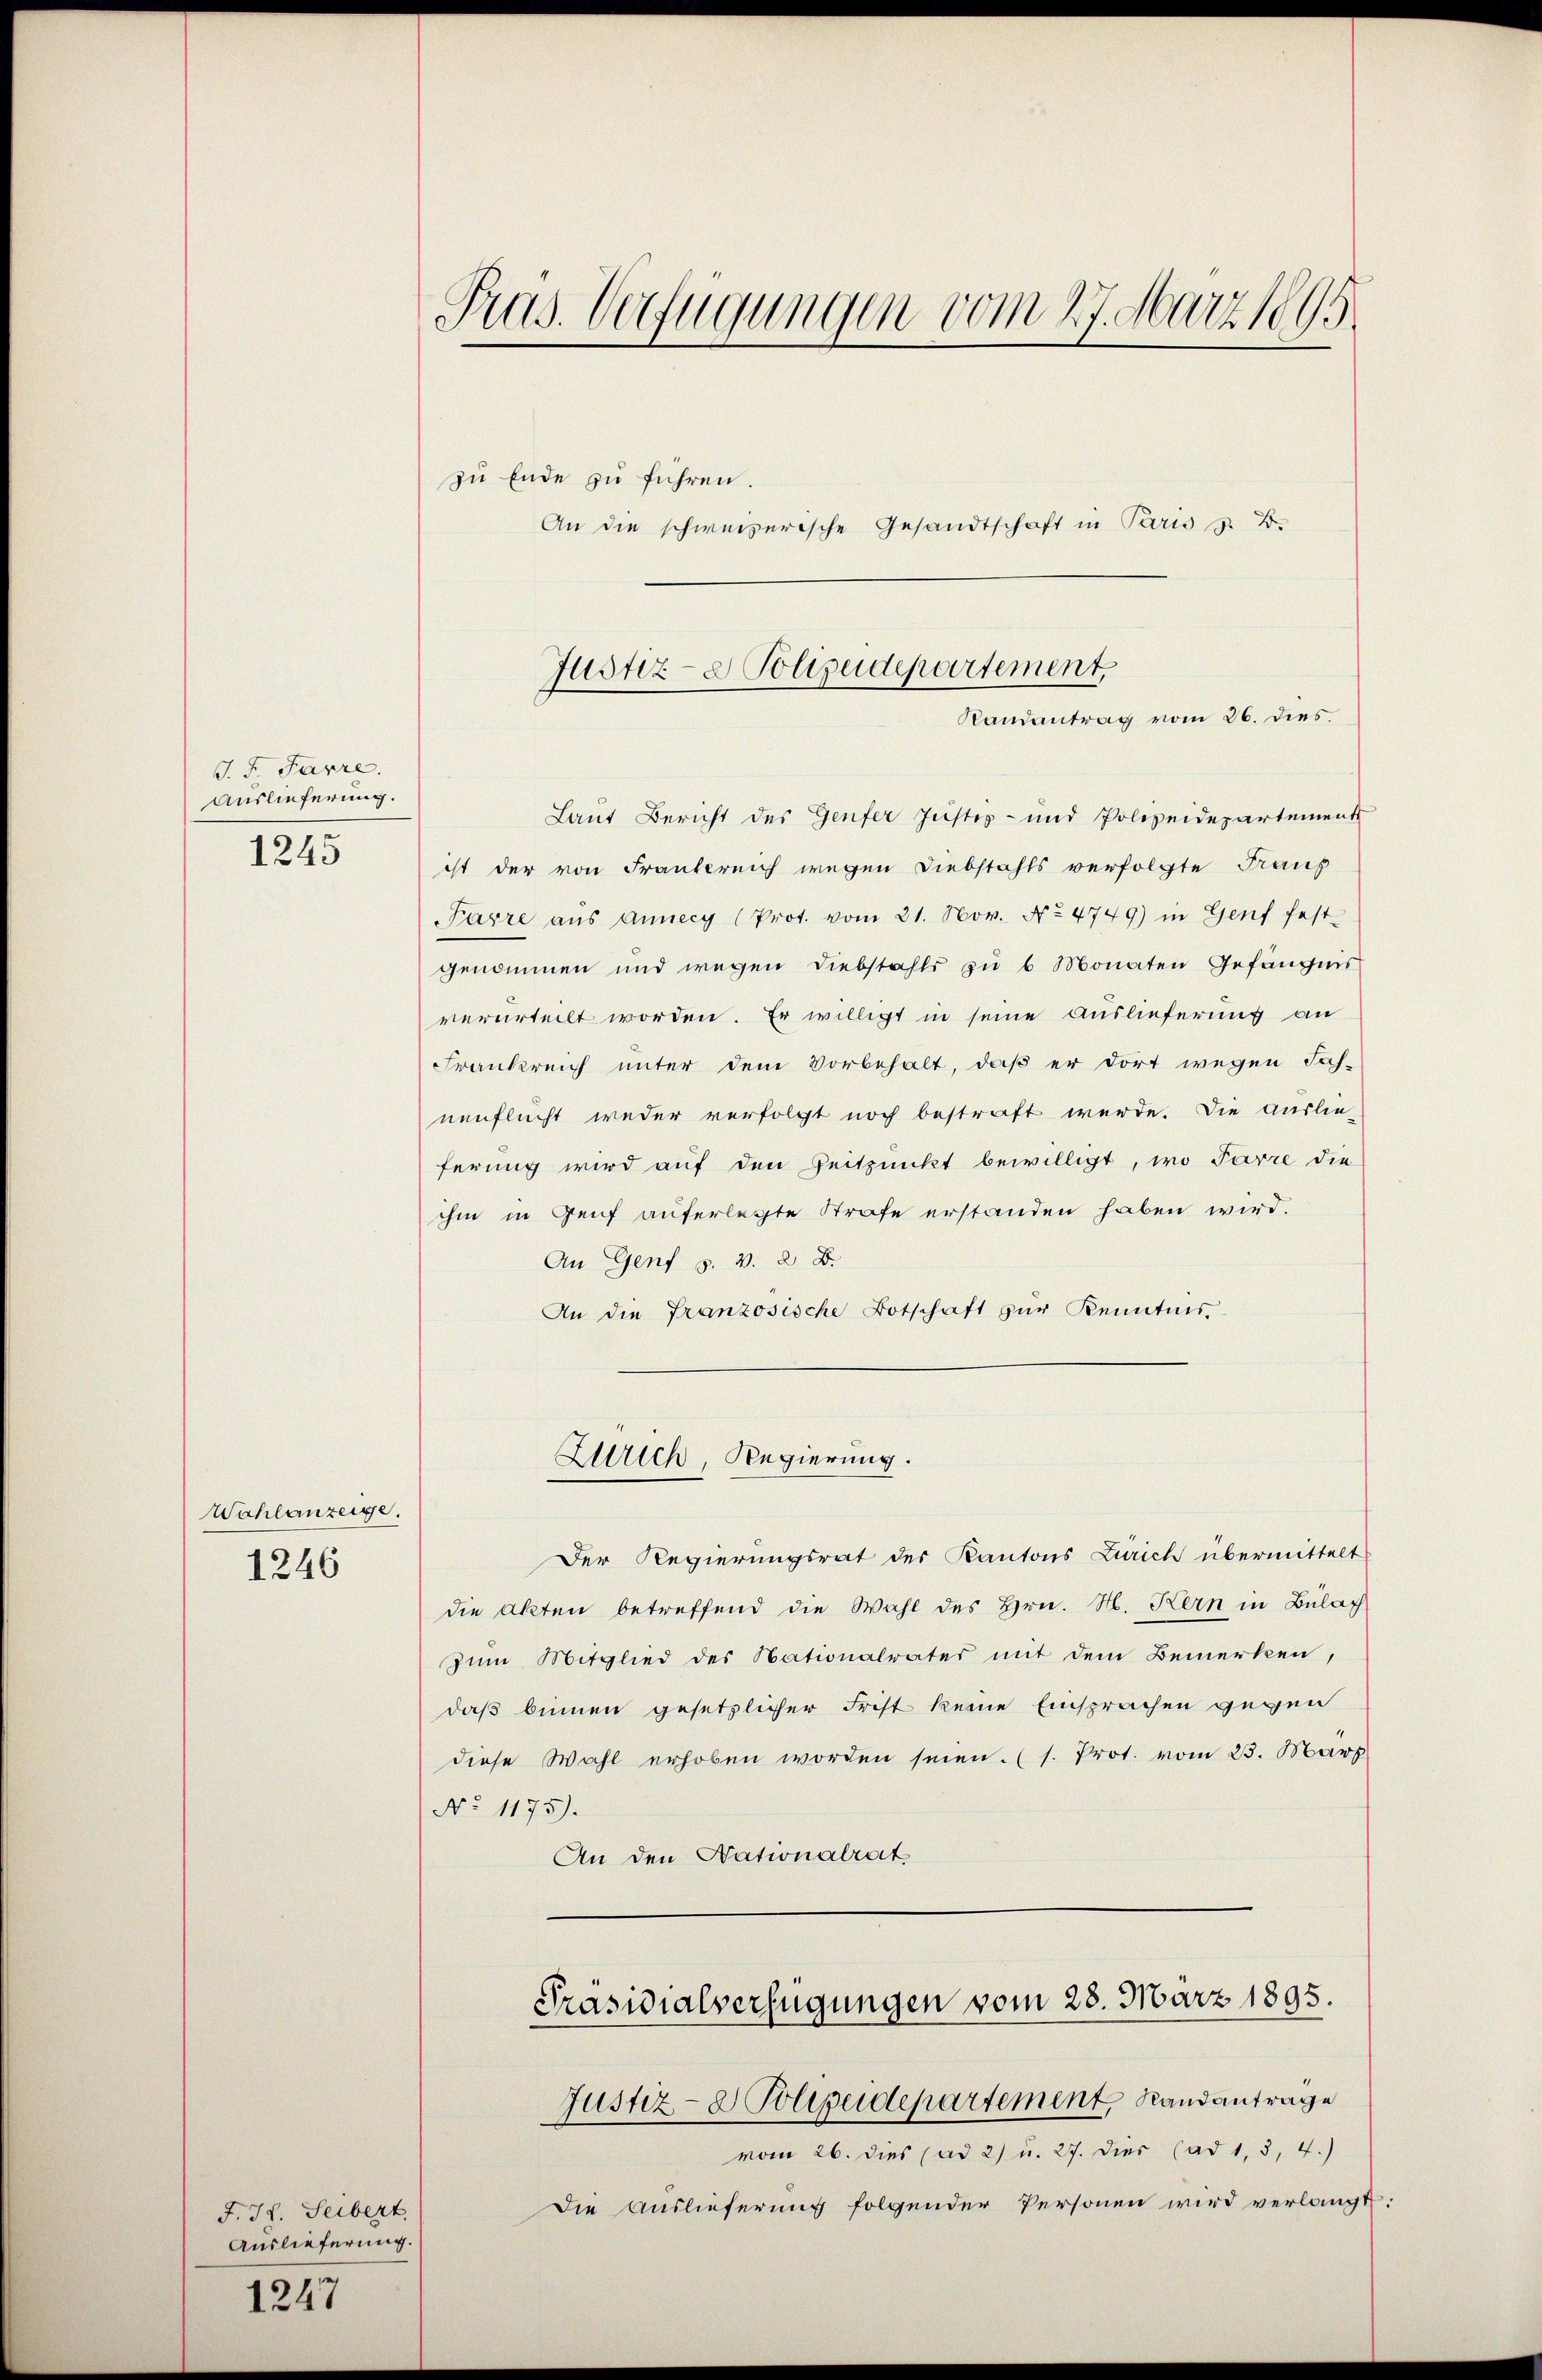
J. F. Farre.
Auslieferung.
1245

Wahlanzeige.
1246

F. H. Seibert
Auslieferung.
1247

Pras. Verfügungen vom 27. März 1895

zu Ende zu führen.
An die schweizerische Gesandtschaft in Paris z. B.
Laut Bericht des Genfer Justiz- und Polizeidepartement
ist der von Frankreich wegen Diebstahls verfolgte Fraus
Parre aus Annecy (Prot. vom 21. Nov. No 4749) in Genf fest-
genommen und wegen Diebstahls zu 6 Monaten Gefängnis
verurteilt worden. Er willigt in seine Auslieferung an
Frankreich unter dem Vorbehalt, daß er dort wegen Fach-
nenflucht weder verfolgt noch bestraft werde. Die auslie-
ferung wird auf den Zeitpunkt bewilligt, wo Parre die
ihm in Genf auferlegte Strafe erstanden haben wird.
An Genf s. v. 2. B.
An die Französische Botschaft zŭr Kenntnis.
Wrich, Regierung.
Der Regierungsrat des Kantons Zürich übermittelt
die Akten betreffend die Wahl des Hrn. M. Kern in Bülach
Zum Mitglied des Nationalrates mit dem Bemerken,
daß binnen gesetzlicher Frist keine Einsprachen gegen
diese Wahl erhoben worden seien. (s. Prot. vom 23. März
No 1175).
An den Nationalrat
Präsidialverfügungen vom 28. März 1895.
Justiz- & Polizeidepartement, Randantrage
vom 26. dies (ad 2) u. 27. dies (ad 1, 3, 4.)
Die Auslieferung folgender Personen wird verlangt:

Justiz- & Polizeidepartement
Randantrag vom 26. dies